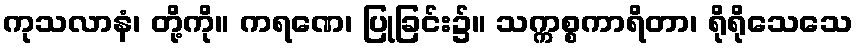
ကုသလာနံ၊ တို့ကို။ ကရဏေ၊ ပြုခြင်း၌။ သက္ကစ္စကာရိတာ၊ ရိုရိုသေသေ